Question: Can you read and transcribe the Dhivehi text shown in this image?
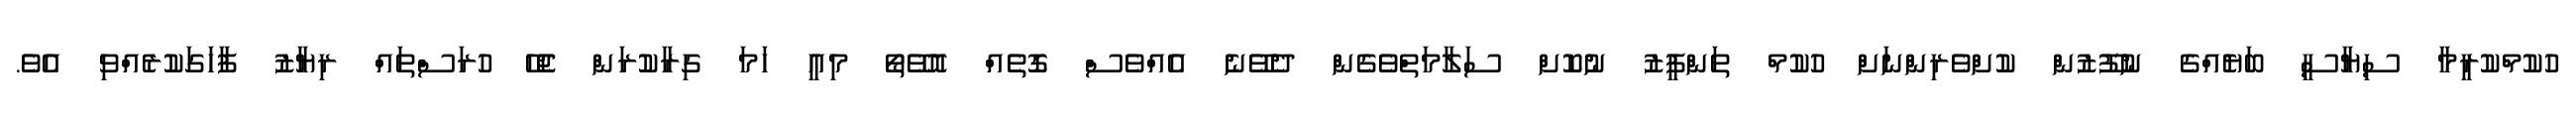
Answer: ހުކުމްކުރީމާ ސިޔާސީ ބަޔެއްގެ ނުފޫޒުން ކުށްވެރިންނަށް ހުކުމް ތަންފީޒު ނުކޮށް ސަލާމަތްވެގެން ދެވޭނެ އެއްވެސް ގޮތެއް އޮވޭތޯ މިއީ ހަމަ ގިރާކުރަން ޖެހޭ ހުރަސްތައް ރިޔާޒު ފާހަގަކުރެއްވި އެވެ.